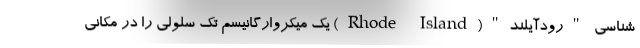
شناسی "رودآیلند"(Rhode Island) یک میکروارگانیسم تک سلولی را در مکانی